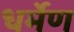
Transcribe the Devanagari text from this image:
धर्मेण